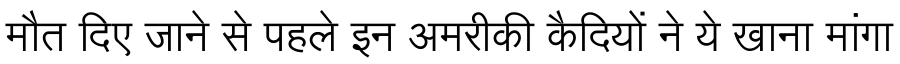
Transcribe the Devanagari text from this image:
मौत दिए जाने से पहले इन अमरीकी कैदियों ने ये खाना मांगा